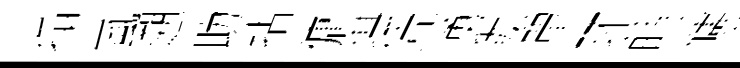
搨嵐遡助拈傭堪凭湧陇單环蒔幰